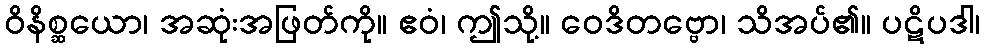
ဝိနိစ္ဆယော၊ အဆုံးအဖြတ်ကို။ ဧဝံ၊ ဤသို့။ ဝေဒိတဗ္ဗော၊ သိအပ်၏။ ပဋိပဒါ၊